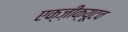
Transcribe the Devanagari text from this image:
एक्ज़ीक्यूटव